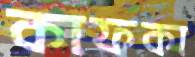
কাফকা